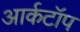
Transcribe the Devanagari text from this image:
आर्कटॉप